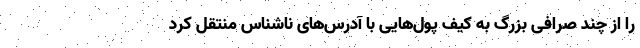
را از چند صرافی بزرگ به کیف پول‌هایی با آدرس‌های ناشناس منتقل کرد